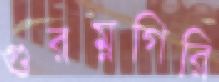
গুরম্নগিরি